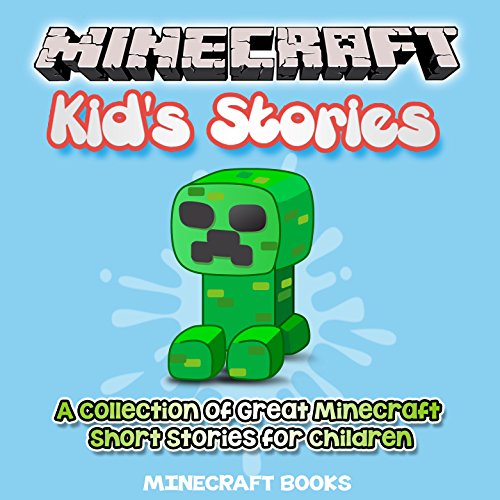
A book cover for Minecraft Kid's Stories: A Collection of Great Minecraft Short Stories for Children;  Minecraft Books; Humor & Entertainment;